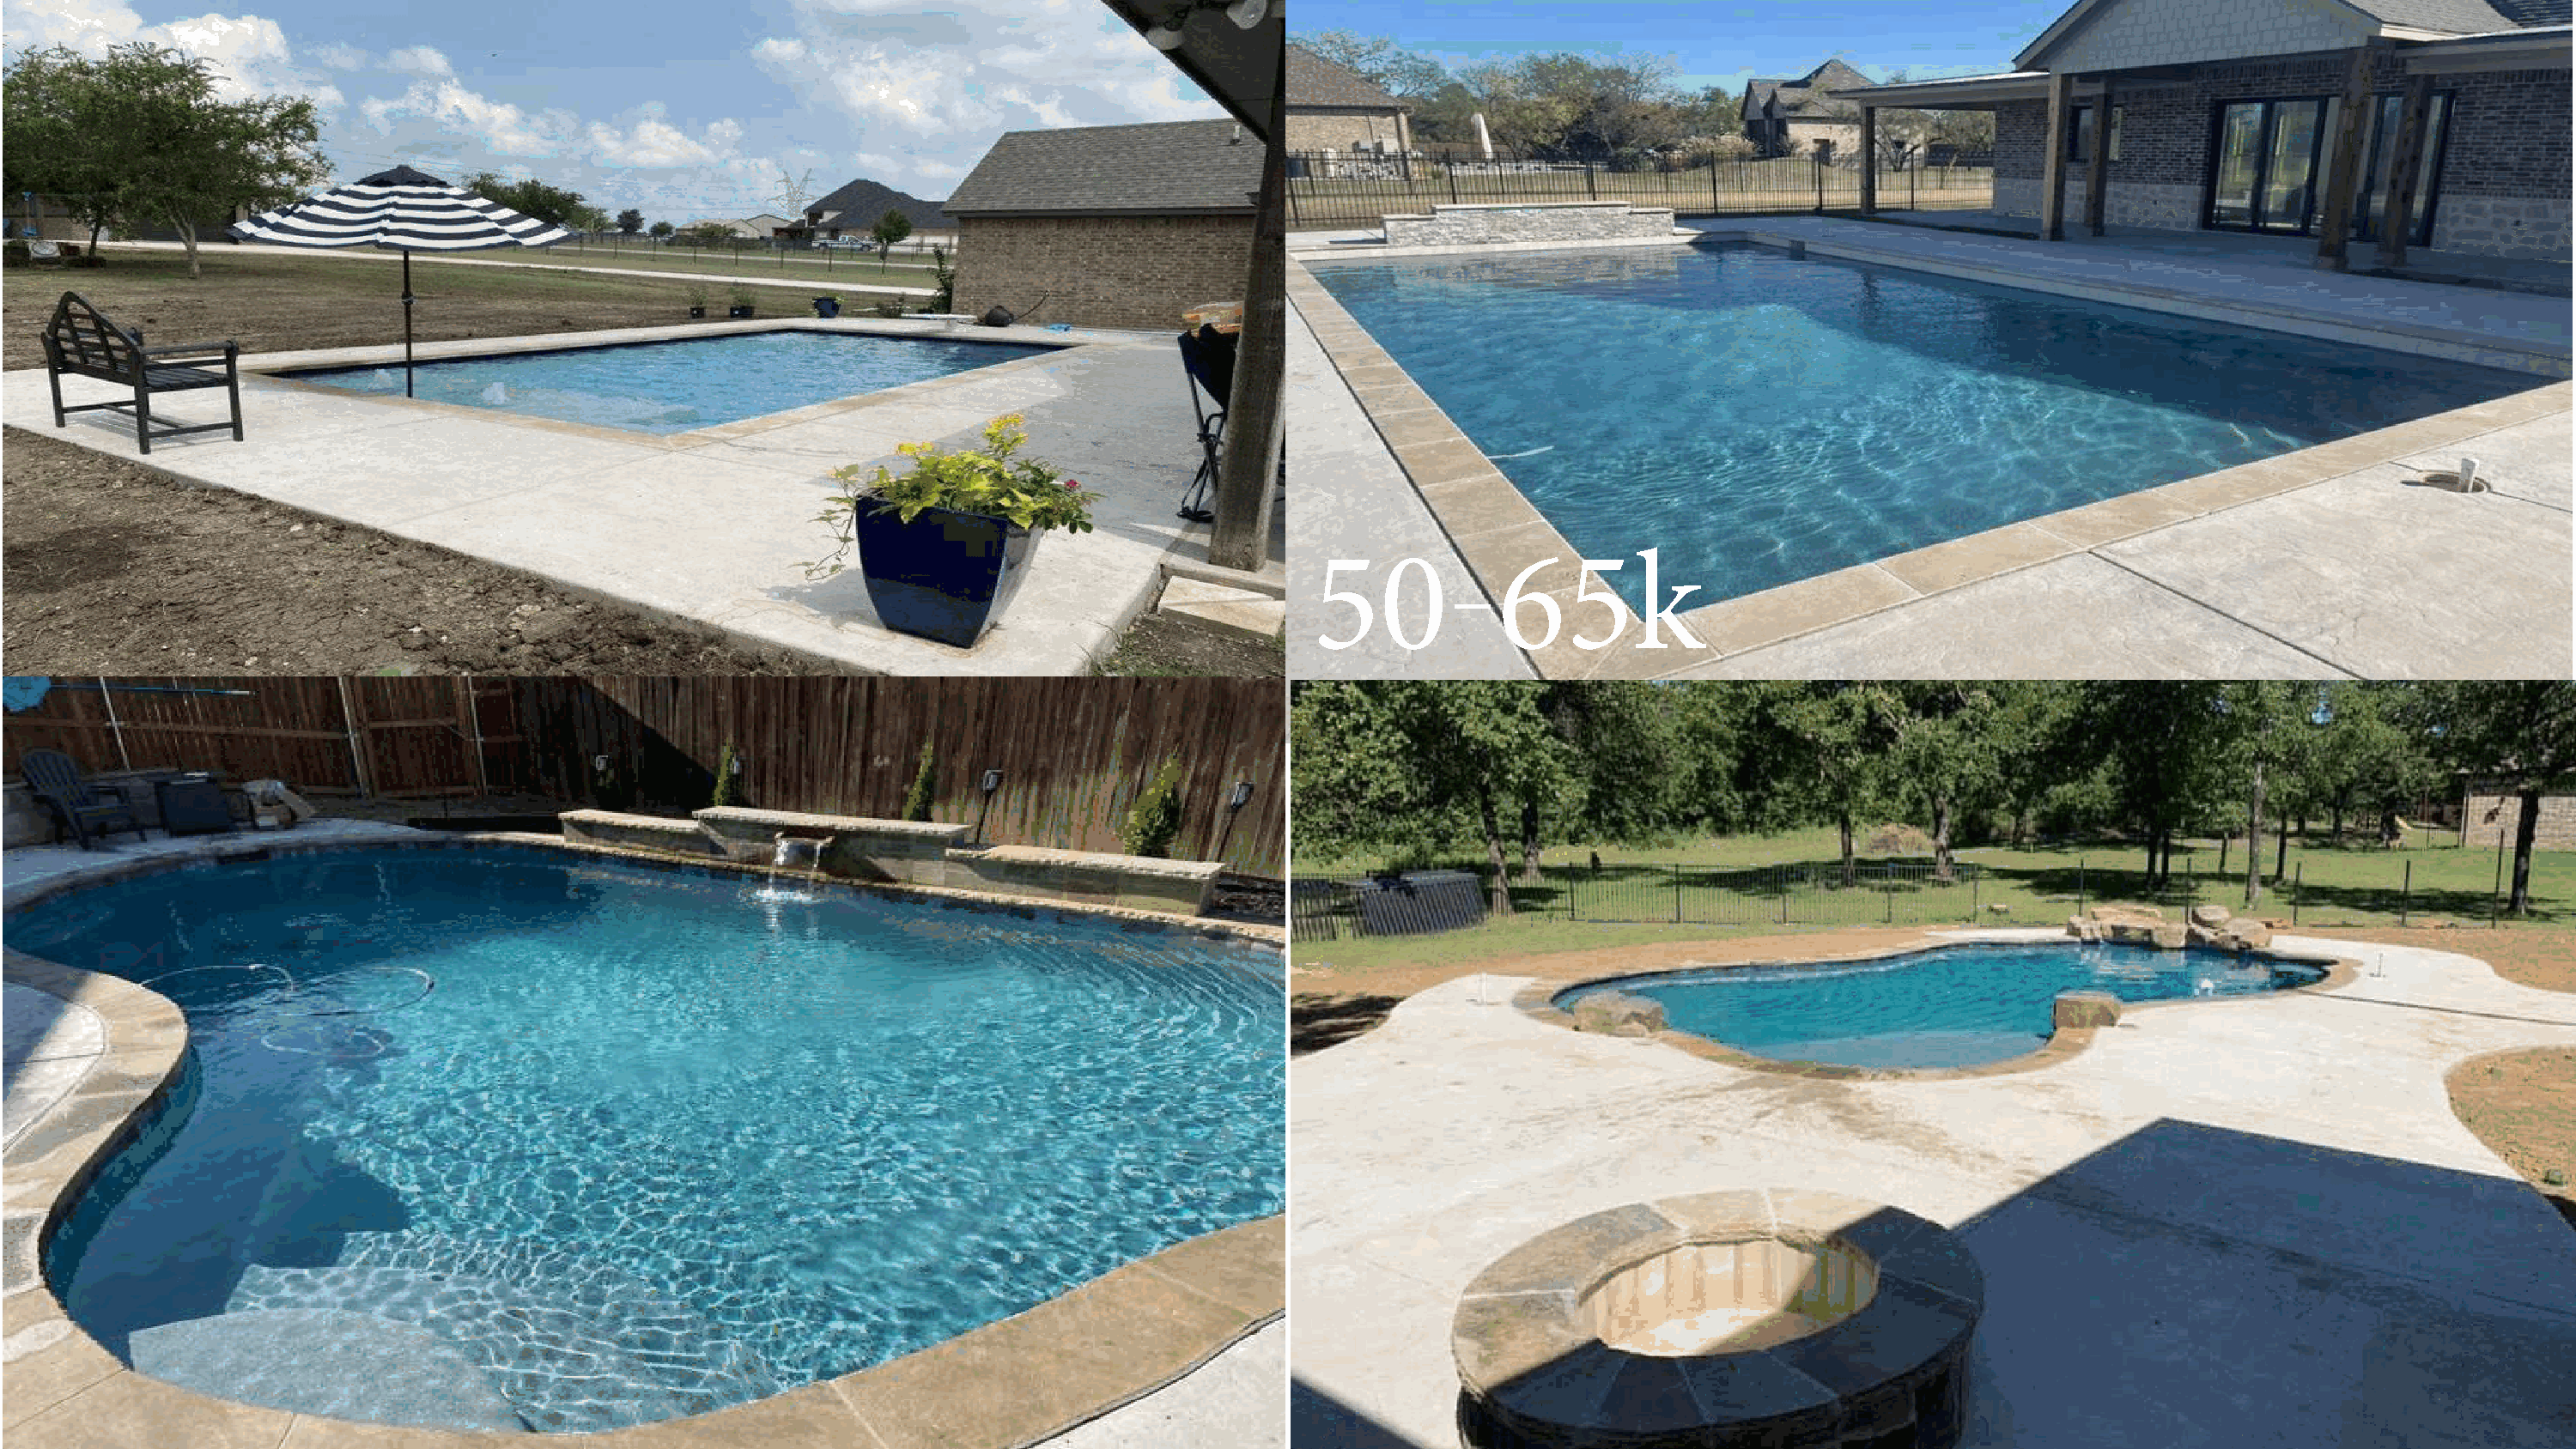
-
 45             55k
 -
 50            65k